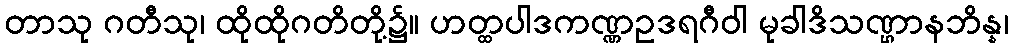
တာသု ဂတီသု၊ ထိုထိုဂတိတို့၌။ ဟတ္ထပါဒကဏ္ဏဥဒရဂီဝါ မုခါဒိသဏ္ဌာနဘိန္န၊